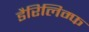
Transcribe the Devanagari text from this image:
डैरिलिम्फ